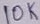
Text: 10K